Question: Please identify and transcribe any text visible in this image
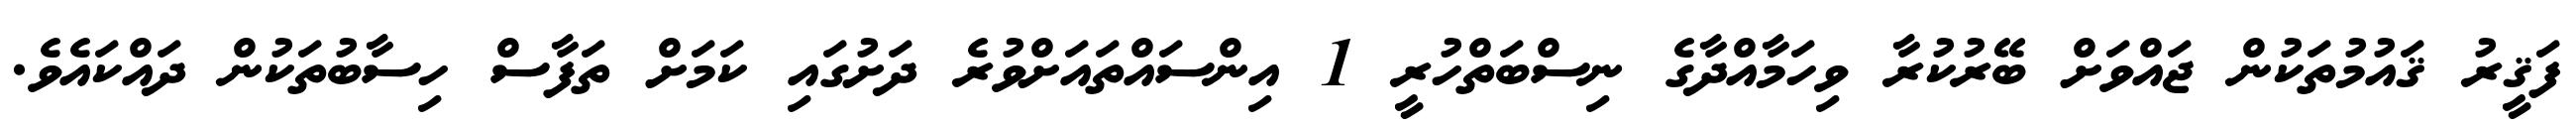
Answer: ފަޤީރު ޤައުމުތަކުން ޖައްވަށް ބޭރުކުރާ ވިހަމާއްދާގެ ނިސްބަތްހުރީ 1 އިންސައްތައަށްވުރެ ދަށުގައި ކަމަށް ތަފާސް ހިސާބުތަކުން ދައްކައެވެ.